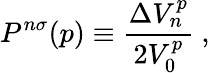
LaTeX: P^{n\sigma}(p)\equiv\frac{\Delta V_{n}^{p}}{2V_{0}^{p}}~,